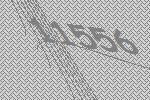
11556